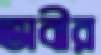
ভাবীর